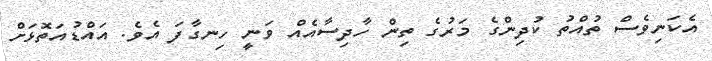
އެކަނިވެސް ތުއްތު ކުދިންގެ މަރުގެ ތިން ހާދިސާއެއް ވަނީ ހިނގާފަ އެވެ. އައްޑުއަތޮޅަށް